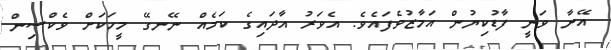
އޭނާ ވަނީ ފާޑުކިޔުން އަމާޒުވެފައެވެ. އެވަރު އާދައިގެ ކަމެއް ނޭނގޭ މީހަކަށް ވެކްސިން